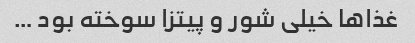
غذاها خیلی شور و پیتزا سوخته بود …